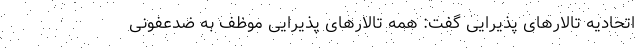
اتحادیه تالار‌های پذیرایی گفت: همه تالار‌های پذیرایی موظف به ضدعفونی